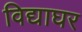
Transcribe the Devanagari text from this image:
विद्याघर